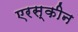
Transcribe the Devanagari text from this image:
एरस्कीन